Civil Veterinary Dept. Bombay admin report 1932-41 - 1932-1941
Year: 1932
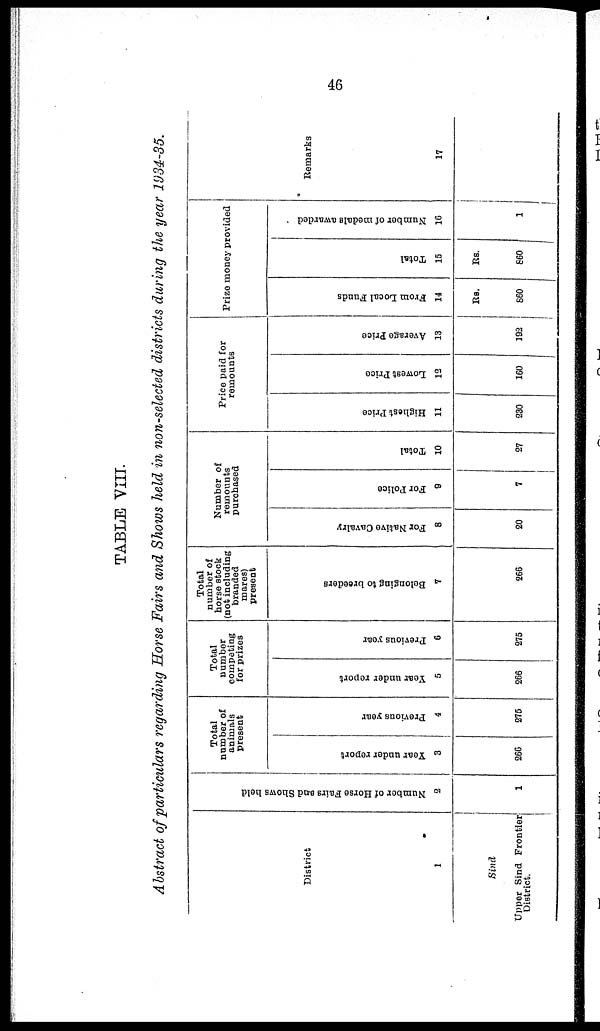
46
TABLE VIII.
Abstract of particulars regarding Horse Fairs and Shows held in non-selected districts during the year 1934-35.
District
1
Sind
Upper Sind Frontier
District.
Number of Horse Fairs and Shows held
2
1
Total
number of
animals
present
Year under report
3
266
Previous year
4
275
Total
number
competing
for prizes
Year under report
5
266
Previous year
6
275
Total
number of
horse stock
(not including
branded
mares)
present
Belonging to breeders
7
266
Number of
remounts
purchased
For Native Cavalry
8
20
For Police
9
7
Total
10
27
Price paid for
remounts
Highest Price
11
230
Lowest Price
12
160
Average Price
13
192
Prize money provided
From Local Funds
14
Rs.
860
Total
15
Rs.
860
Number of medals awarded
16
1
Remarks
17